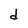
Character: d